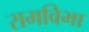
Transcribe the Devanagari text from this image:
रामविभा